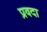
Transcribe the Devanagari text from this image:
प्रवदा